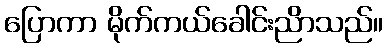
ပြောကာ မိုက်ကယ်ခေါင်းညိာသည်။